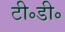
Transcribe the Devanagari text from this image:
टी॰डी॰